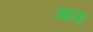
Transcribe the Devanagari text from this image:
आफ्